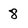
Character: 8